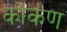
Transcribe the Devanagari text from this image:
कोकंण